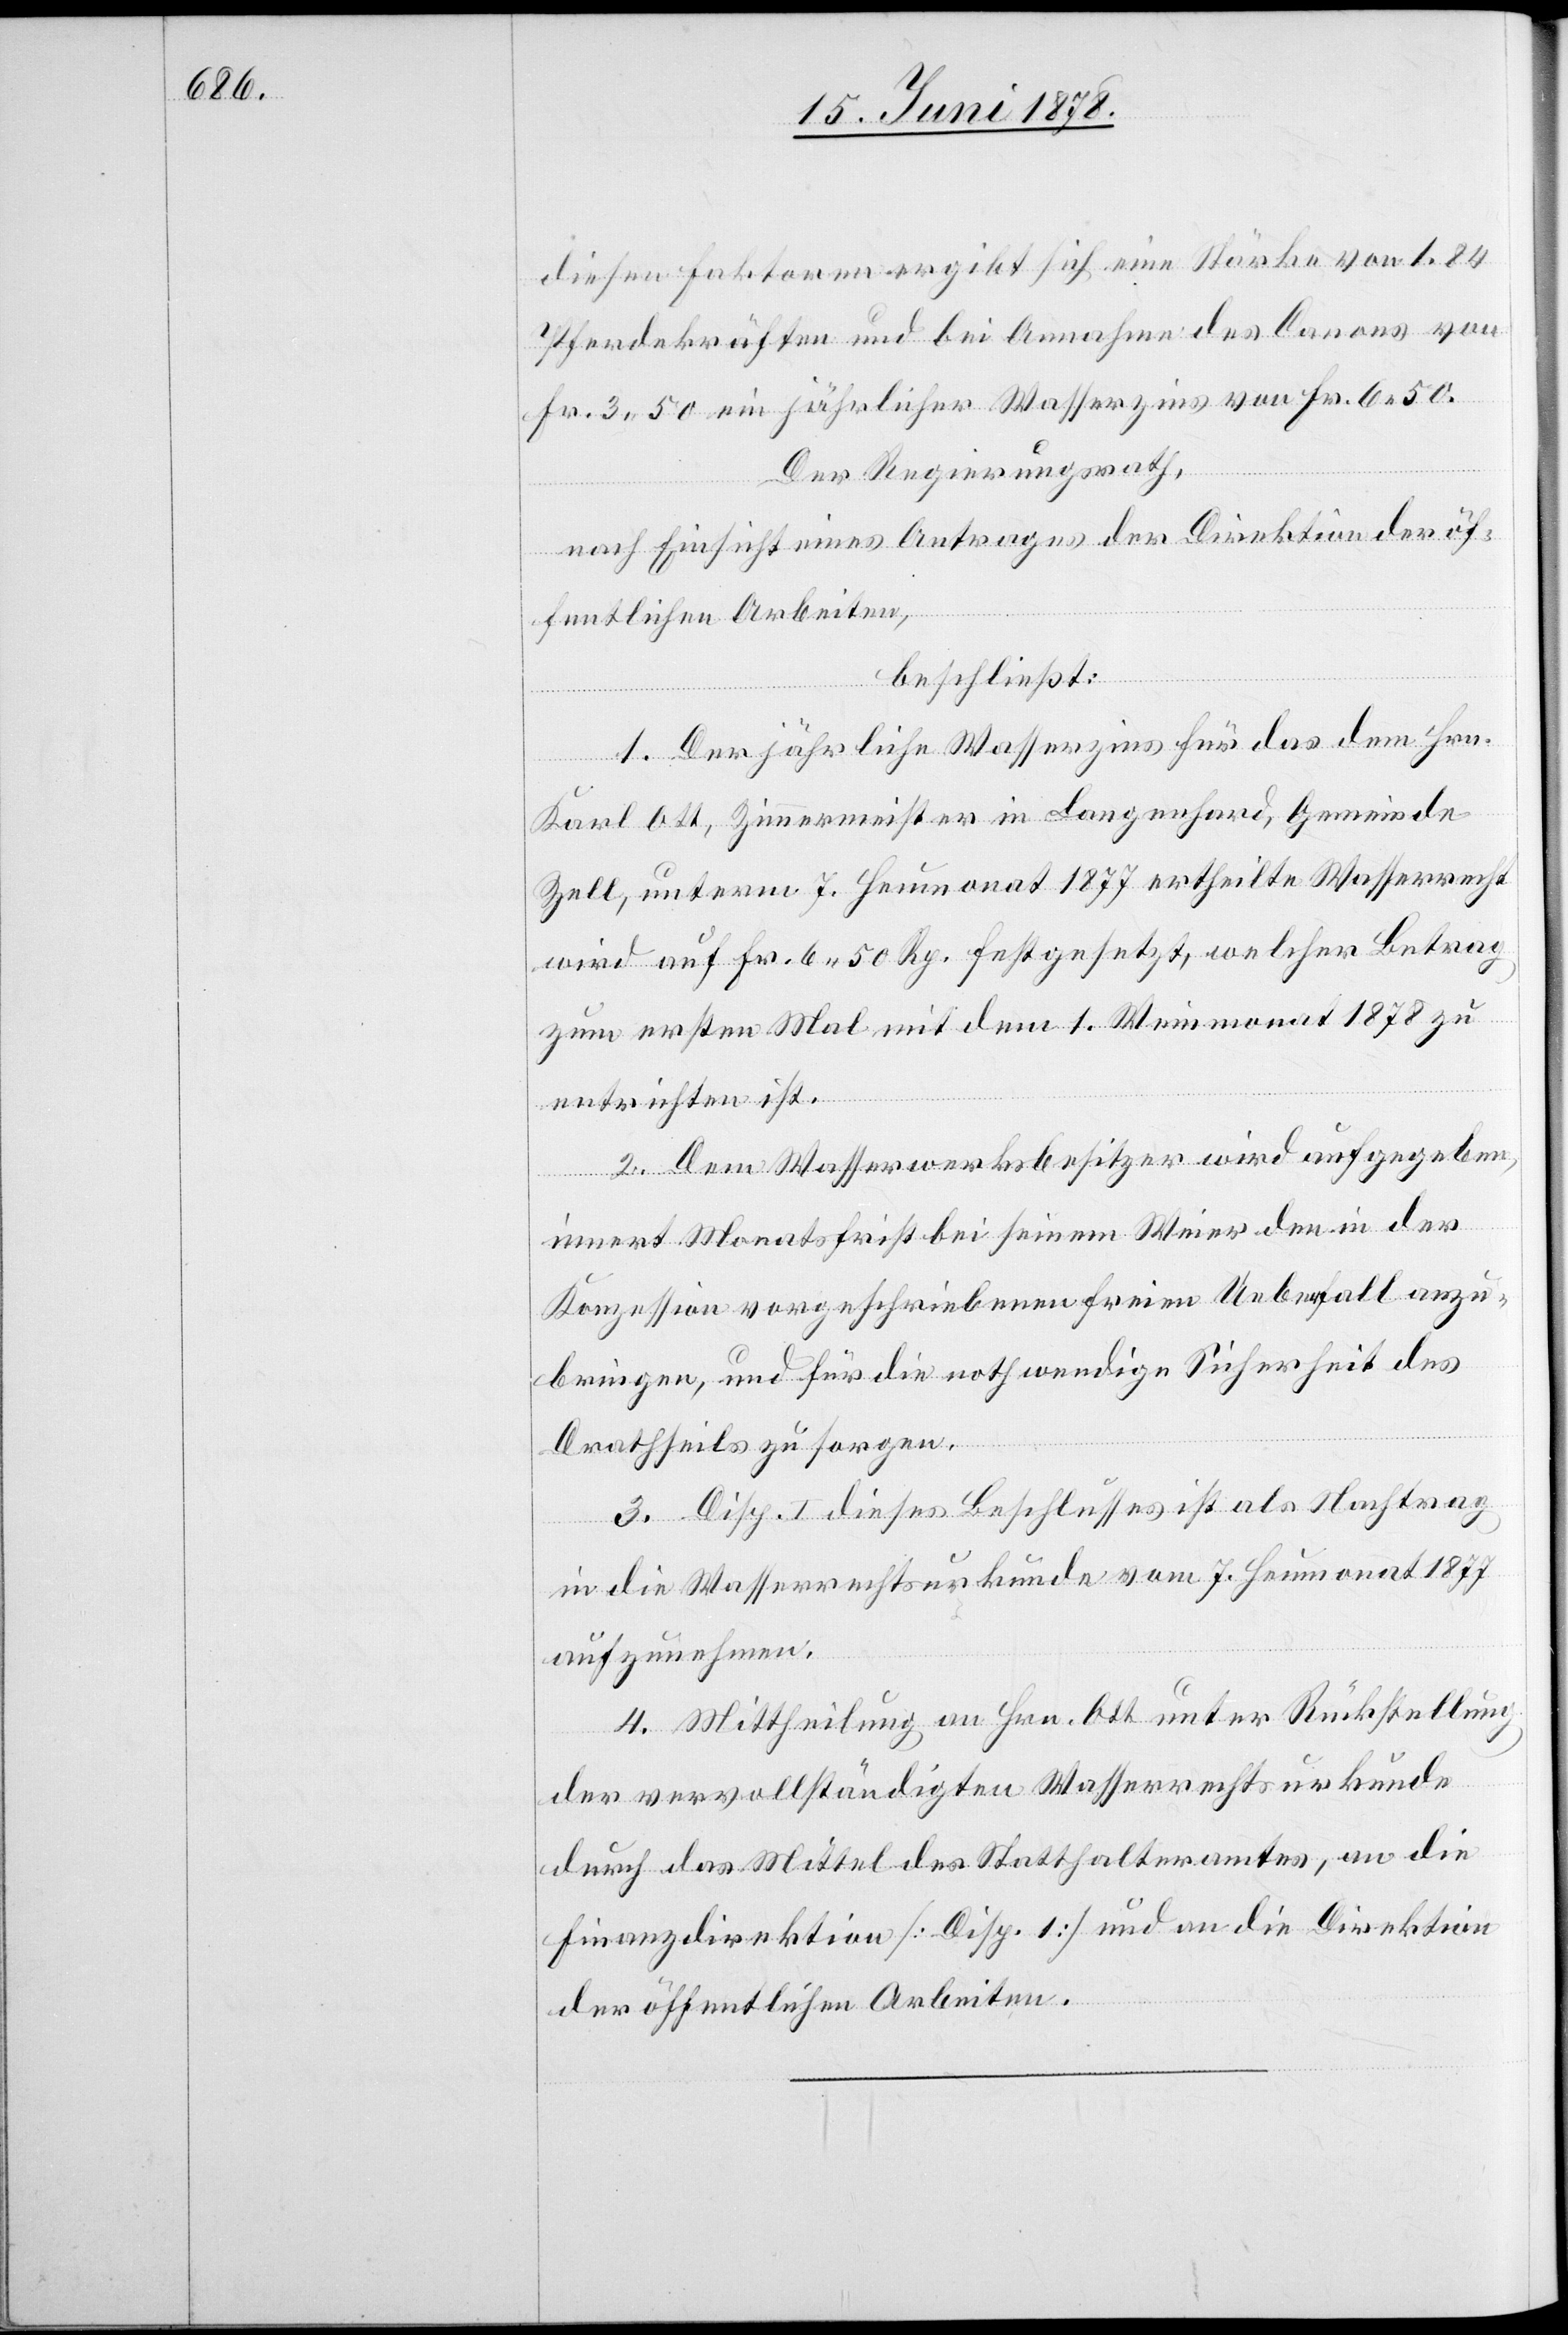
diesen Faktoren ergibt sich eine Stärke von 1.84
Pferdekräften und bei Annahme des Canons von
Fr. 3. 50 ein jährlicher Wasserzins von Fr. 6. 50.
Der Regierungsrath,
nach Einsicht eines Antrages der Direktion der öf¬
fentlichen Arbeiten,
beschließt:
1. Der jährliche Wasserzins für das dem Hrn.
Karl Ott, Zimmermeister in Langenhard, Gemeinde
Zell, unterm 7. Heumonat 1877 ertheilte Wasserrecht
wird auf Fr. 6. 50 Rp. festgesetzt, welcher Betrag
zum ersten Mal mit dem 1. Weinmonat 1878 zu
entrichten ist.
2. Dem Wasserwerksbesitzer wird aufgegeben,
innert Monatsfrist bei seinem Weier den in der
Konzession vorgeschriebenen freien Ueberfall anzu¬
bringen, und für die nothwendige Sicherheit des
Drathseils zu sorgen.
3. Disp. I dieses Beschlusses ist als Nachtrag
in die Wasserrechtsurkunde vom 7. Heumonat 1877
aufzunehmen.
4. Mittheilung an Hrn. Ott unter Rückstellung
der vervollständigten Wasserrechtsurkunde
durch das Mittel des Statthalteramtes, an die
Finanzdirektion [Disp. 1] und an die Direktion
der öffentlichen Arbeiten.